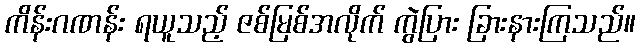
ကိန်းဂဏန်း ရယူသည့် ဇစ်မြစ်အလိုက် ကွဲပြား ခြားနားကြသည်။